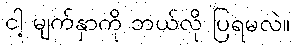
ငါ့ မျက်နှာကို ဘယ်လို ပြရမလဲ။